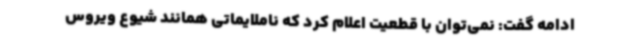
ادامه گفت: نمی‌توان با قطعیت اعلام کرد که ناملایماتی همانند شیوع ویروس